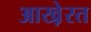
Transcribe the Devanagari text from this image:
आखे़रत